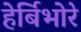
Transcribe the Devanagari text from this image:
हेर्बिभोरे